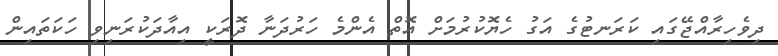
ދިވެހިރާއްޖޭގައި ކަރަނޓުގެ އަގު ހެޔޮކުރުމަށް އޮތް އެންމެ ހަރުދަނާ ދޮރަކީ އިއާދަކުރަނިވި ހަކަތައިން